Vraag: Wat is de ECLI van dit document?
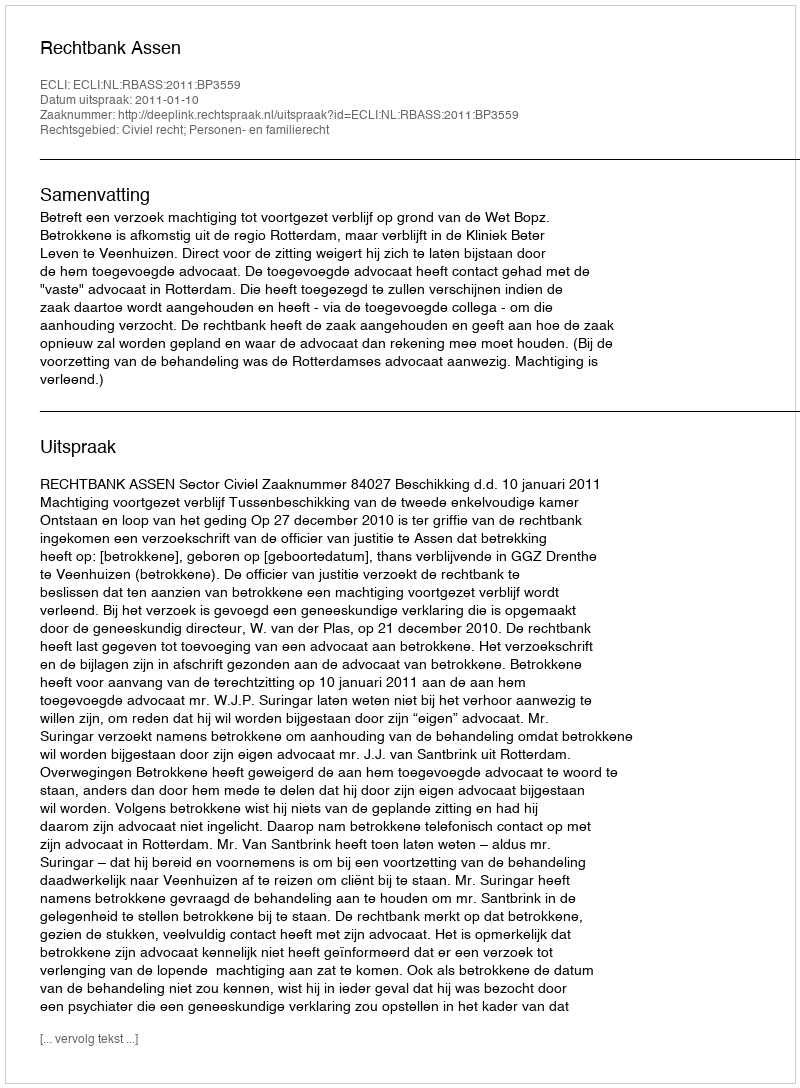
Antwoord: ECLI:NL:RBASS:2011:BP3559